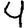
Digit: 4